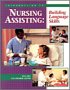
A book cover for An Introduction to Nursing Assisting: Building Language Skills (Home Care Aide); Rita Frey; Medical Books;